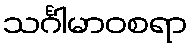
သင်္ဂါမာဝစရာ